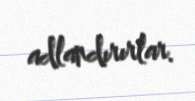
adlandırırlar.